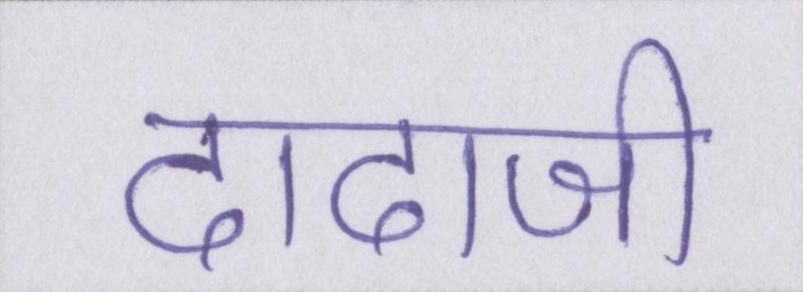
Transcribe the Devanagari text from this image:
दादाजी